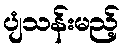
ပျံသန်းမည့်